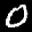
Label: 0